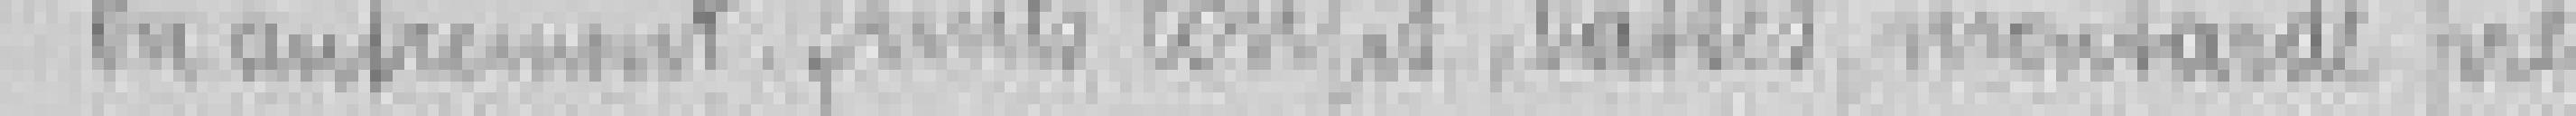
ou autrement, fruits confits, dattes, moutarde pré-